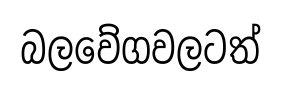
බලවේගවලටත්